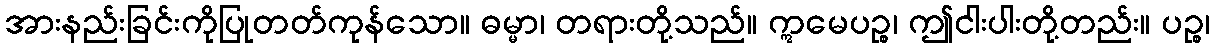
အားနည်းခြင်းကိုပြုတတ်ကုန်သော။ ဓမ္မာ၊ တရားတို့သည်။ ဣမေပဉ္စ၊ ဤငါးပါးတို့တည်း။ ပဉ္စ၊